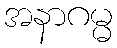
အနာဂမ္မ